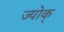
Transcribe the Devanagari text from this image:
ज्योक्